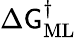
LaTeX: \Delta\mathsf{G}_{\mathrm{{ML}}}^{\dagger}